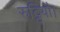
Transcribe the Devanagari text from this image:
रुट्ठियौ।